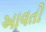
આવતો